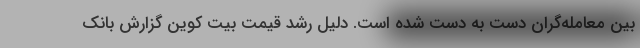
بین معامله‌گران دست به دست شده است. دلیل رشد قیمت بیت کوین گزارش بانک